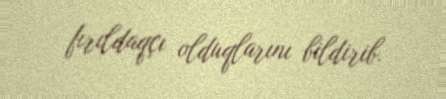
fırıldaqçı olduqlarını bildirib.